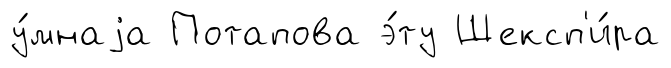
у́мнаjа Потапова э́ту Шексп'и́ра